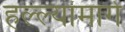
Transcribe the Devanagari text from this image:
हल्ल्यांमागे